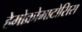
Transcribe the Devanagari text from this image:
हेमोक्रोमाटोसिस